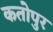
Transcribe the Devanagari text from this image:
कतोपुर